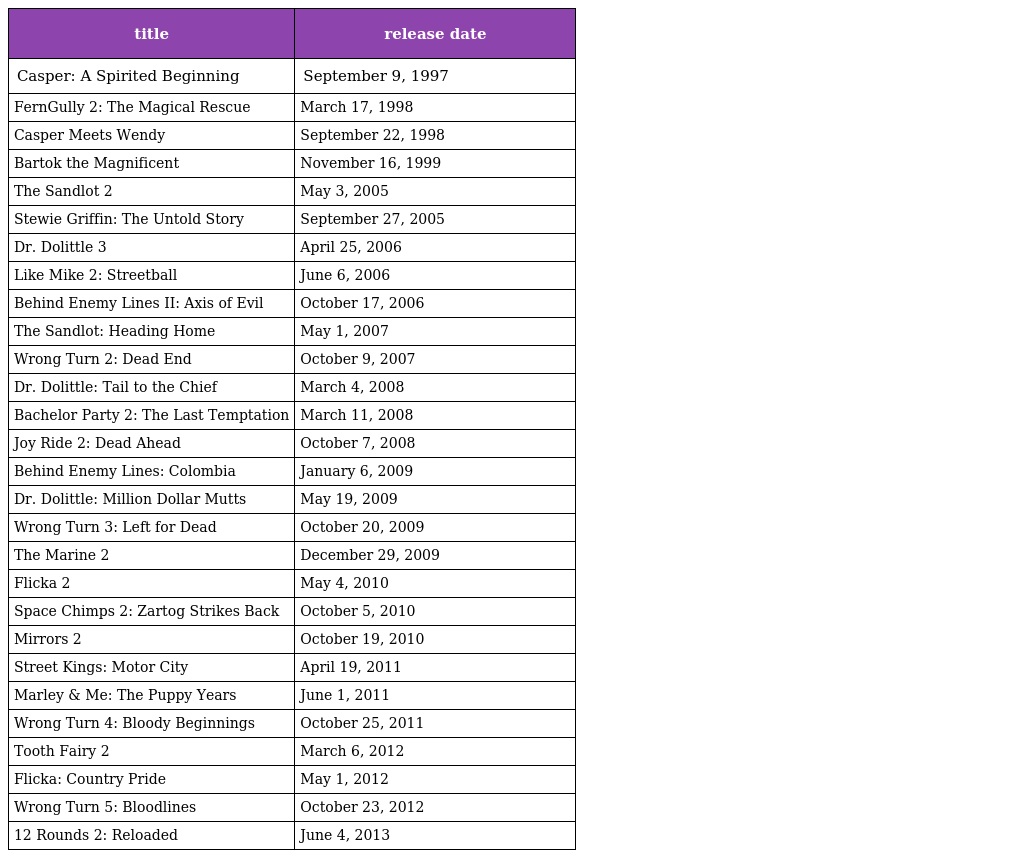
| title | release date |
 | --- | --- |
 | Casper: A Spirited Beginning | September 9, 1997 |
 | FernGully 2: The Magical Rescue | March 17, 1998 |
 | Casper Meets Wendy | September 22, 1998 |
 | Bartok the Magnificent | November 16, 1999 |
 | The Sandlot 2 | May 3, 2005 |
 | Stewie Griffin: The Untold Story | September 27, 2005 |
 | Dr. Dolittle 3 | April 25, 2006 |
 | Like Mike 2: Streetball | June 6, 2006 |
 | Behind Enemy Lines II: Axis of Evil | October 17, 2006 |
 | The Sandlot: Heading Home | May 1, 2007 |
 | Wrong Turn 2: Dead End | October 9, 2007 |
 | Dr. Dolittle: Tail to the Chief | March 4, 2008 |
 | Bachelor Party 2: The Last Temptation | March 11, 2008 |
 | Joy Ride 2: Dead Ahead | October 7, 2008 |
 | Behind Enemy Lines: Colombia | January 6, 2009 |
 | Dr. Dolittle: Million Dollar Mutts | May 19, 2009 |
 | Wrong Turn 3: Left for Dead | October 20, 2009 |
 | The Marine 2 | December 29, 2009 |
 | Flicka 2 | May 4, 2010 |
 | Space Chimps 2: Zartog Strikes Back | October 5, 2010 |
 | Mirrors 2 | October 19, 2010 |
 | Street Kings: Motor City | April 19, 2011 |
 | Marley & Me: The Puppy Years | June 1, 2011 |
 | Wrong Turn 4: Bloody Beginnings | October 25, 2011 |
 | Tooth Fairy 2 | March 6, 2012 |
 | Flicka: Country Pride | May 1, 2012 |
 | Wrong Turn 5: Bloodlines | October 23, 2012 |
 | 12 Rounds 2: Reloaded | June 4, 2013 |